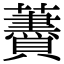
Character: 𧃤